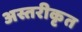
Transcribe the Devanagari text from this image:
अस्तरीकृत